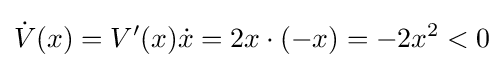
{\dot {V}}(x)=V'(x){\dot {x}}=2x\cdot (-x)=-2x^{2}<0